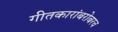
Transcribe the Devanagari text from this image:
गीतकारांबरोबरच